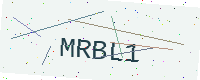
Text: MRBL1